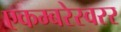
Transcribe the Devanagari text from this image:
एकम्बरेस्वरर